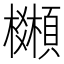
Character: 𩕒